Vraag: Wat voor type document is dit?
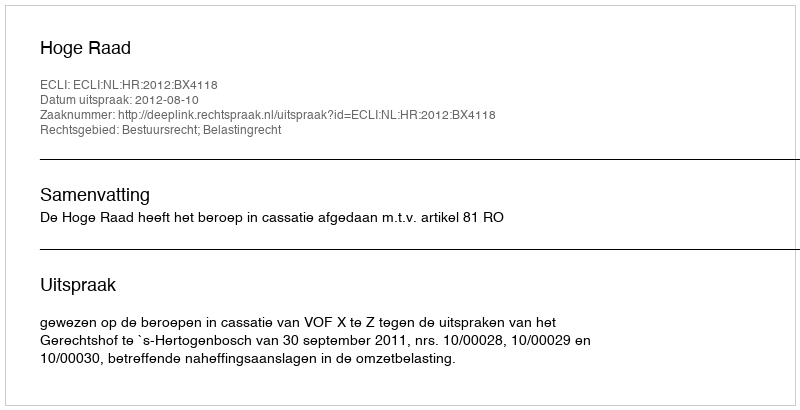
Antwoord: Uitspraak